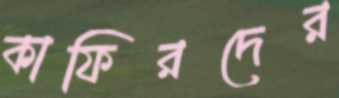
কাফিরদের